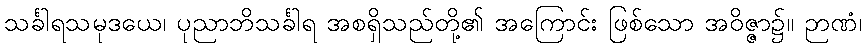
သင်္ခါရသမုဒယေ၊ ပုညာဘိသင်္ခါရ အစရှိသည်တို့၏ အကြောင်း ဖြစ်သော အဝိဇ္ဇာ၌။ ဉာဏံ၊